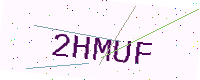
Text: 2HMUF